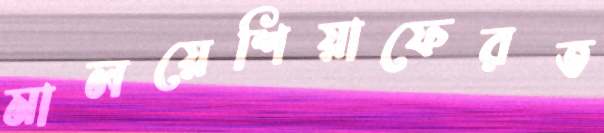
মালয়েশিয়াফেরত